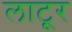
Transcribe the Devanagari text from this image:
लाटूर